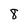
Character: 8